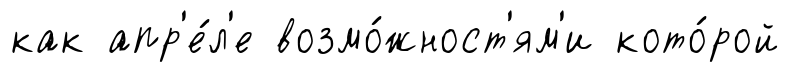
как апр'е́л'е возмо́жност'ям'и кото́рой